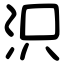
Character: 𣲵